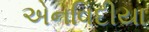
એનવિદીયા